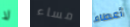
لا مساء أعطاء